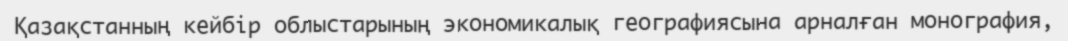
Қазақстанның кейбір облыстарының экономикалық географиясына арналған монография,